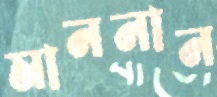
মাননান